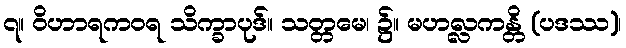
၇။ ဝိဟာရကဝရ သိက္ခာပုဒ်။ သတ္တမေ၊ ၌။ မဟလ္လကန္တိ (ပဒဿ)၊